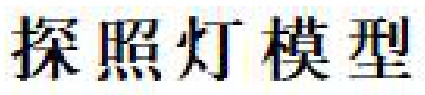
探照灯模型